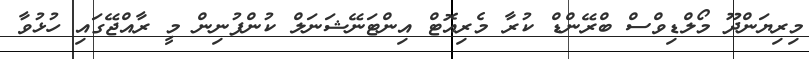
މިރިޔަންދޫ މޯލްޑިވްސް ބްރޭންޑް ކުރާ މެރިއޮޓް އިންޓަނޭޝަނަލް ކުންފުނިން މީ ރާއްޖޭގައި ހުޅުވާ